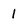
Character: 1